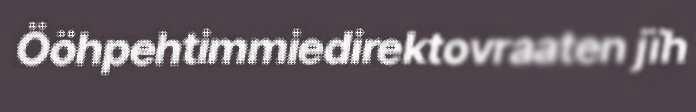
Ööhpehtimmiedirektovraaten jïh